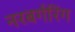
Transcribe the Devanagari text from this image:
नरबर्गरिंग